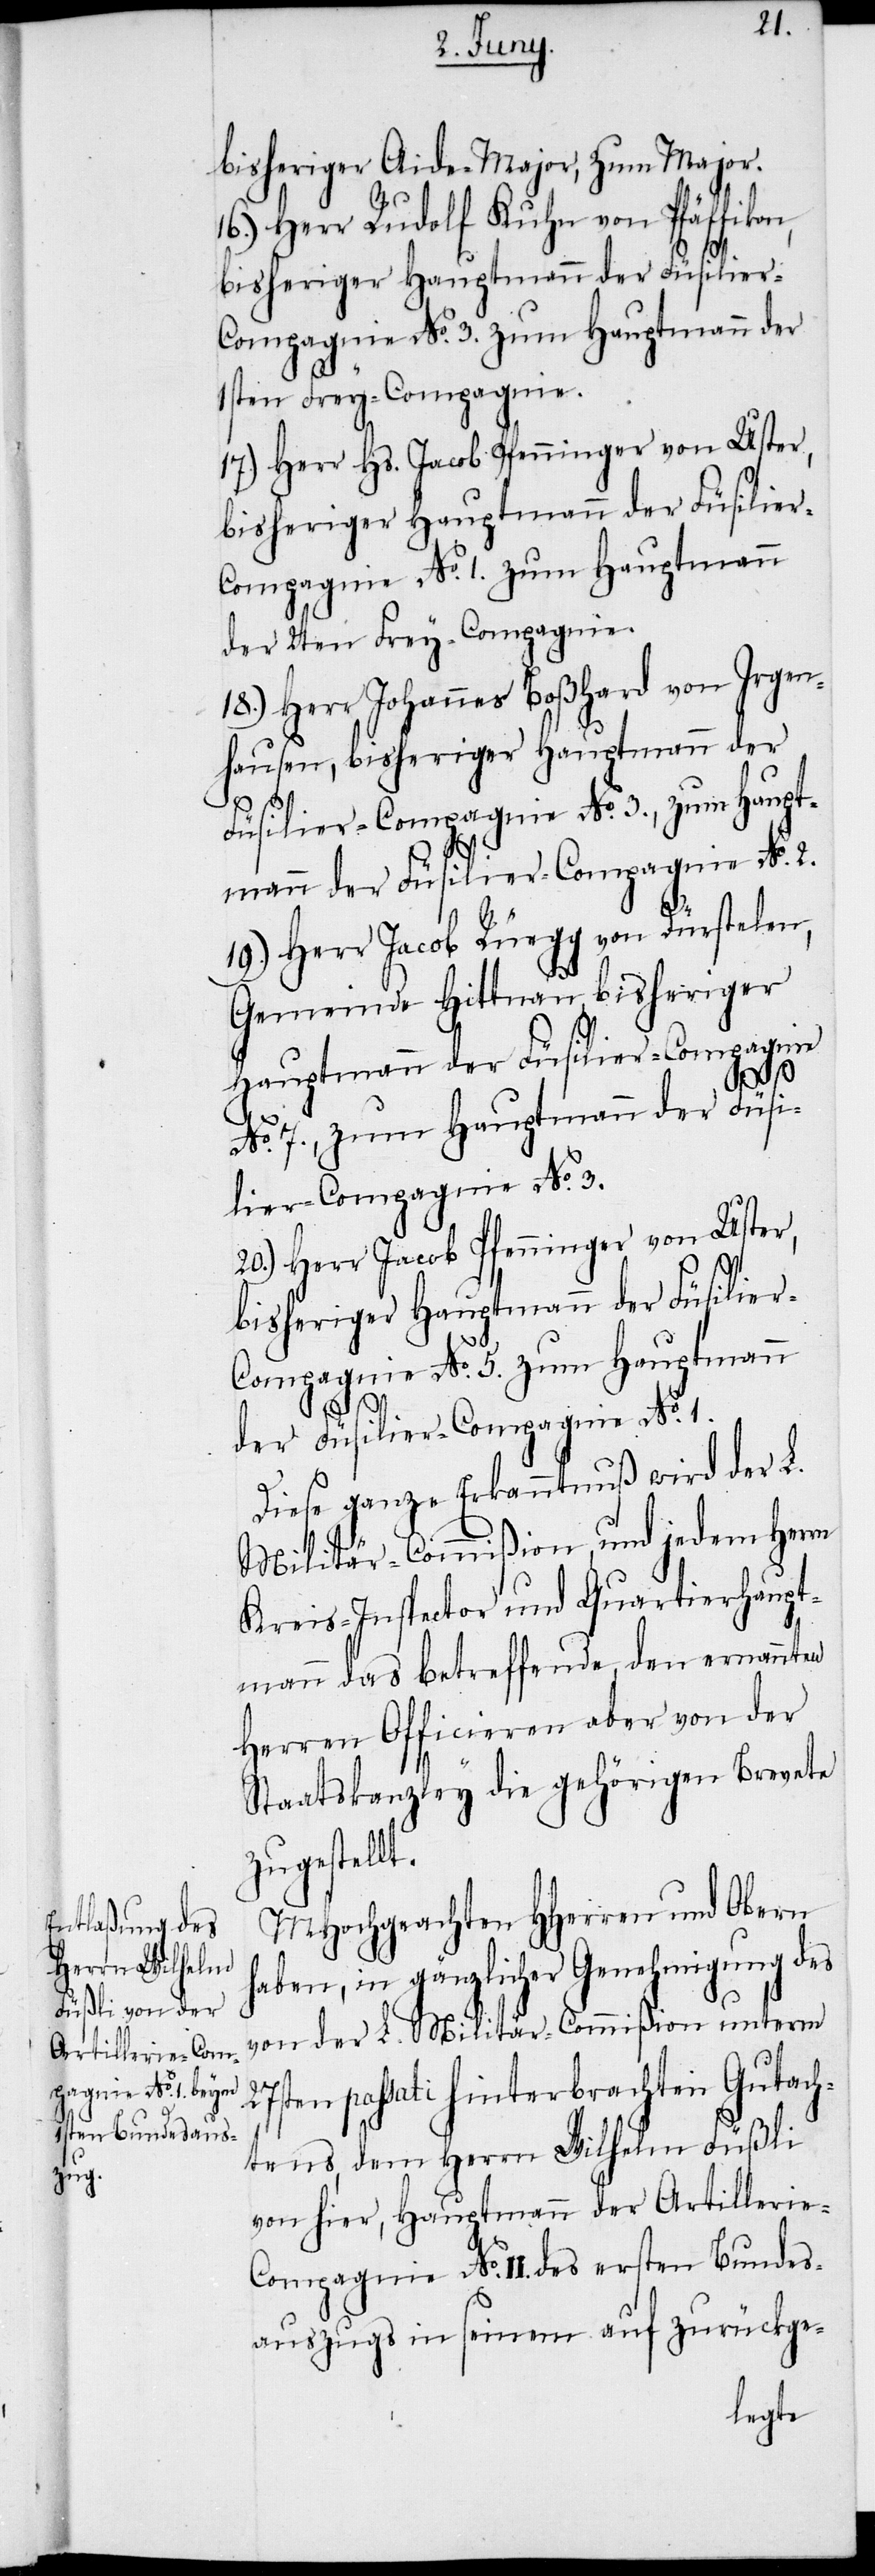
bisheriger Aide-Major, zum Major.
16.) Herr Rudolf Kuhn von Pfäffikon,
bisheriger Hauptmann der Füsilier-C¬
ompagnie No. 3. zum Hauptmann der
1sten Frey-Compagnie.
17.) Herr Hs. Jacob Pfenninger von Uster,
ompagnie No. 1. zum Hauptmann
der 2ten Frey-Compagnie.
18.) Herr Johannes Boßhard von Irgen¬
hausen, bisheriger Hauptmann der
Füsilier-Compagnie No. 3., zum Haupt¬
mann der Füsilier-Compagnie No. 2.
19.) Herr Jacob Rüegg von Dürstelen,
Gemeinde Hittnau, bisheriger
Hauptmann der Füsilier-Compagnie
No. 7., zum Hauptmann der Füsi¬
lier-Compagnie No. 3.
20.) Herr Jacob Pfenninger von Uster,
bisheriger Hauptmann der Füsilie¬
r-Compagnie No. 5. zum Hauptmann
der Füsilier-Compagnie No. 1.
Diese ganze Erkanntnuß wird der L.
Militär-Commißion, und jedem Herrn
Kreis-Inspector und Quartierhaupt¬
mann das betreffende, den ernannten
Herrn Officieren aber von der
Staatskanzley die gehörigen Brevete
zugestellt.
MHochgeachten HHerren und Obern
haben, in gänzlicher Genehmigung des
von der L. Militär-Commißion unterm
27sten passati hinterbrachten Gutach¬
tens, dem Herrn Wilhelm Füßli
von hier, Hauptmann der Artillerie-C¬
ompagnie No. II. des ersten Bundes¬
auszugs in seinem auf zurückge-